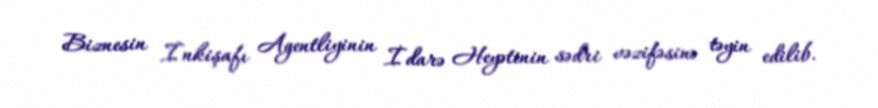
Biznesin İnkişafı Agentliyinin İdarə Heyətinin sədri vəzifəsinə təyin edilib.